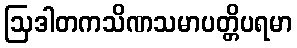
ဩဒါတကသိဏသမာပတ္တိပရမာ